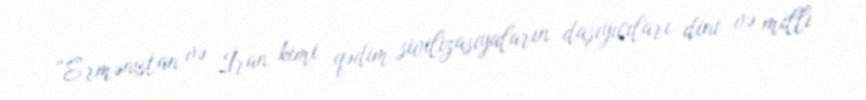
“Ermənistan və İran kimi qədim sivilizasiyaların daşıyıcıları dini və milli